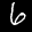
Label: 6